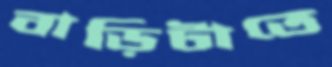
বাড়িটাতে